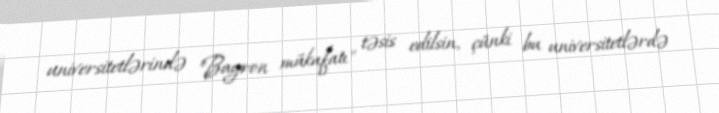
universitetlərində "Bayron mükafatı" təsis edilsin, çünki bu universitetlərdə